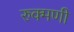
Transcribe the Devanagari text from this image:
रुक्‍मणी